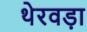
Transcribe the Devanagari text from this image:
थेरवड़ा